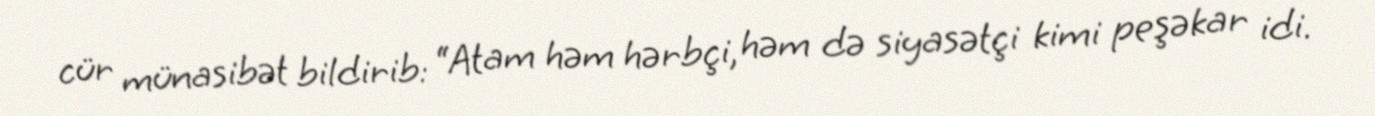
cür münasibət bildirib: “Atam həm hərbçi, həm də siyasətçi kimi peşəkar idi.